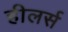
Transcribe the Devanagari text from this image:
हीलर्स